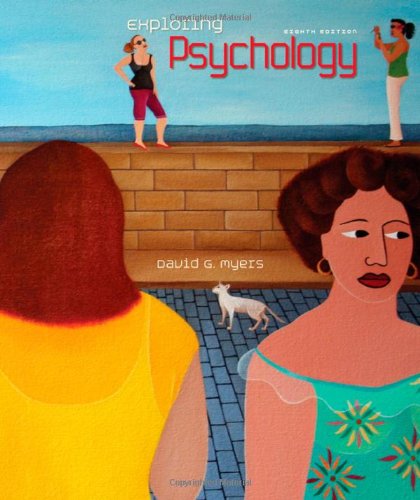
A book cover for Exploring Psychology; David G. Myers; Medical Books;